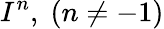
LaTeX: I^{n},\; (n\neq-1)